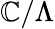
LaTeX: \mathbb{C}/\Lambda